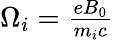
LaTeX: \begin{array}{r}{\Omega_{i}=\frac{eB_{0}}{m_{i}c}}\end{array}